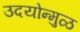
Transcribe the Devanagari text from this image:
उदयोन्मुळ